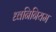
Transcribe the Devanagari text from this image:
ध्वनिनियम